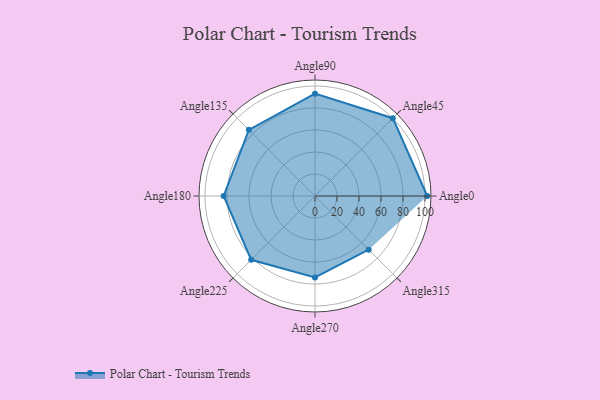
{"axis": {"x": "Angle", "y": "Radius"}, "legend": [""], "data": [{"x": "Angle0", "y": 102.0, "type": ""}, {"x": "Angle45", "y": 100.0, "type": ""}, {"x": "Angle90", "y": 93.0, "type": ""}, {"x": "Angle135", "y": 85.0, "type": ""}, {"x": "Angle180", "y": 83.0, "type": ""}, {"x": "Angle225", "y": 82.0, "type": ""}, {"x": "Angle270", "y": 74.0, "type": ""}, {"x": "Angle315", "y": 69.0, "type": ""}]}